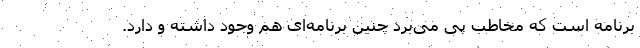
برنامه است که مخاطب پی می‌برد چنین برنامه‌ای هم وجود داشته و دارد.